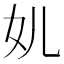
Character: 𱙂